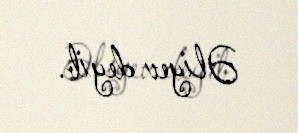
Əliyev deyib.